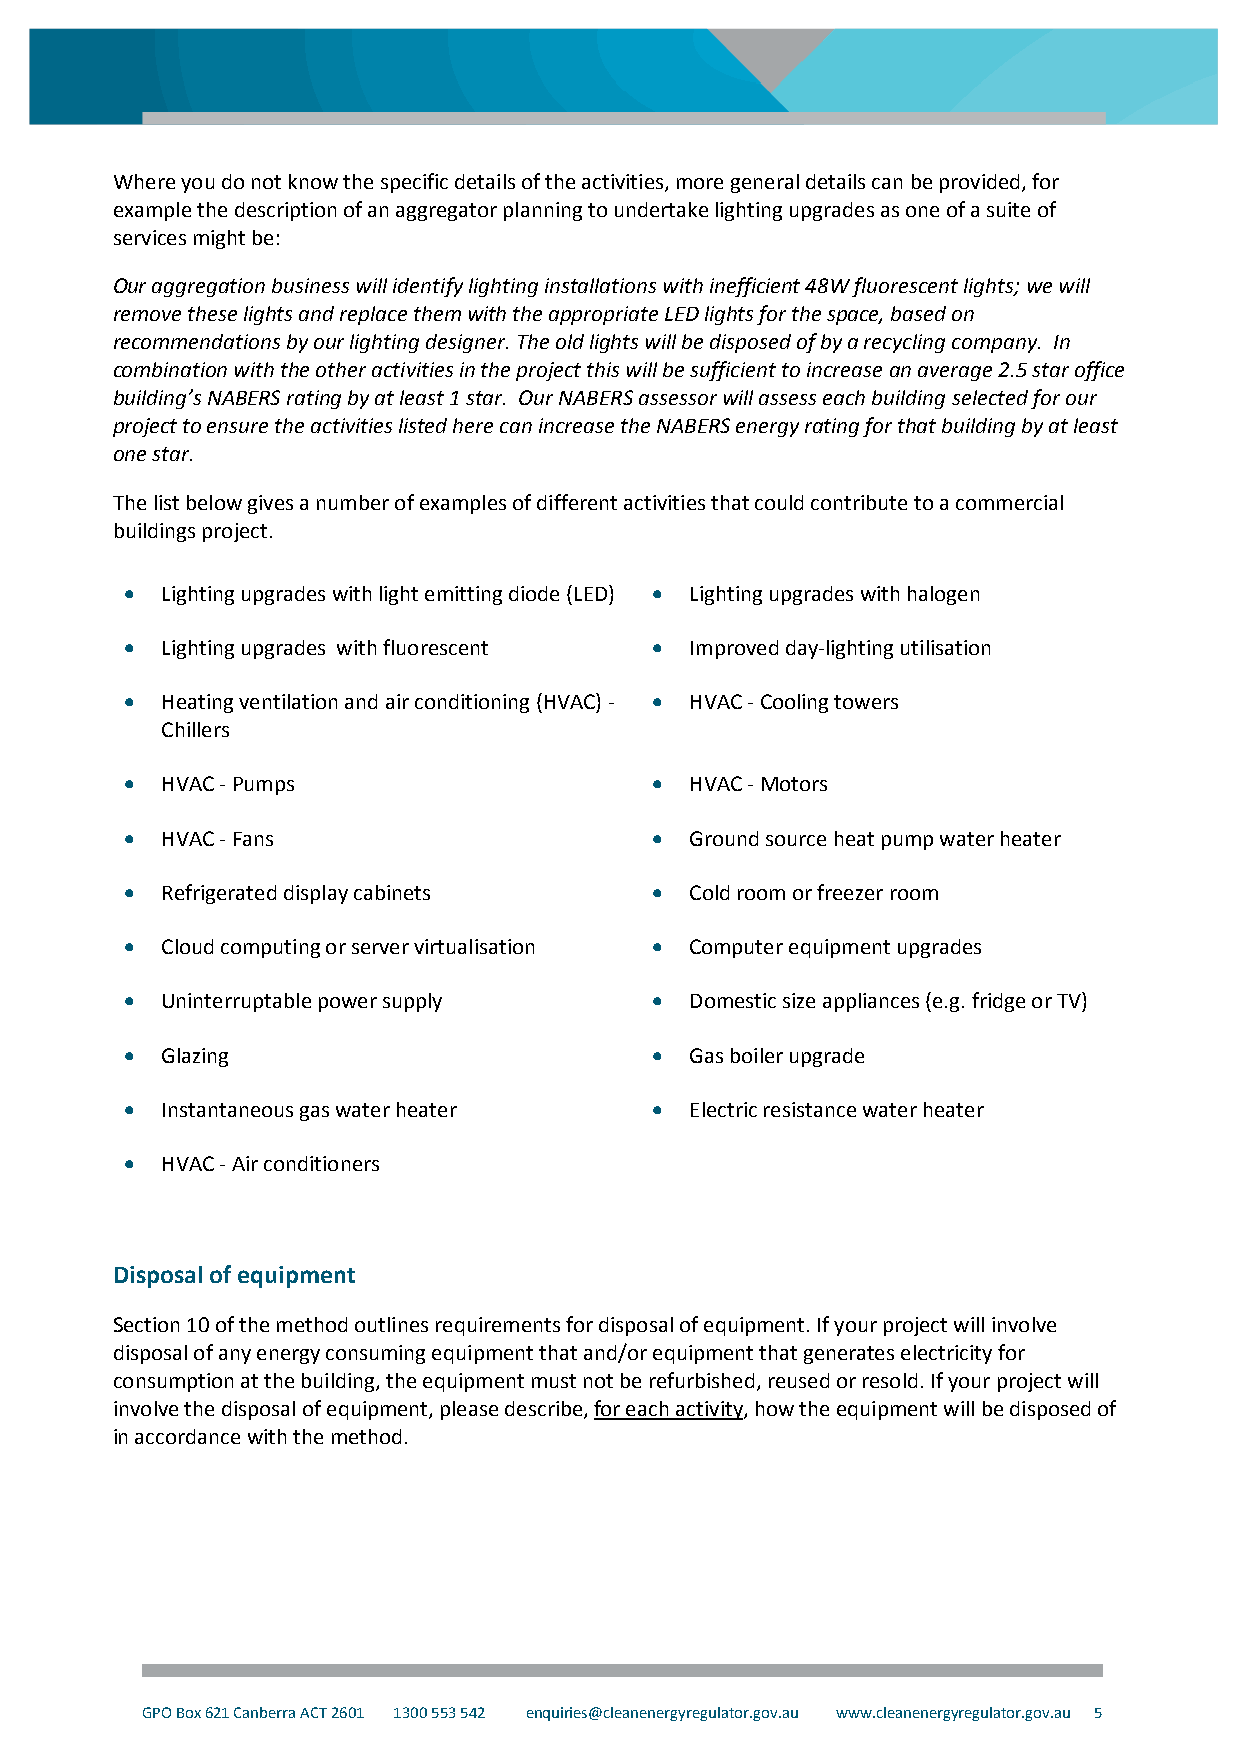
Where you do not know the specific details of the activities, more general details can be provided, for
 example the description of an aggregator planning to undertake lighting upgrades as one of a suite of
 services might be:
 Our aggregation business will identify lighting installations with inefficient 48W fluorescent lights; we will
 remove these lights and replace them with the appropriate LED lights for the space, based on
 recommendations by our lighting designer. The old lights will be disposed of by a recycling company. In
 combination with the other activities in the project this will be sufficient to increase an average 2.5 star office
 building’s NABERS rating by at least 1 star. Our NABERS assessor will assess each building selected for our
 project to ensure the activities listed here can increase the NABERS energy rating for that building by at least
 one star.
 The list below gives a number of examples of different activities that could contribute to a commercial
 buildings project.
   Lighting upgrades with light emitting diode (LED)  Lighting upgrades with halogen
   Lighting upgrades with fluorescent  Improved day-lighting utilisation
   Heating ventilation and air conditioning (HVAC) -  HVAC - Cooling towers
 Chillers
   HVAC - Pumps                      HVAC - Motors
   HVAC - Fans                       Ground source heat pump water heater
   Refrigerated display cabinets     Cold room or freezer room
   Cloud computing or server virtualisation  Computer equipment upgrades
   Uninterruptable power supply      Domestic size appliances (e.g. fridge or TV)
   Glazing                           Gas boiler upgrade
   Instantaneous gas water heater    Electric resistance water heater
   HVAC - Air conditioners
 Disposal of equipment
 Section 10 of the method outlines requirements for disposal of equipment. If your project will involve
 disposal of any energy consuming equipment that and/or equipment that generates electricity for
 consumption at the building, the equipment must not be refurbished, reused or resold. If your project will
 involve the disposal of equipment, please describe, for each activity, how the equipment will be disposed of
 in accordance with the method.
 GPO Box 621 Canberra ACT 2601 1300 553 542 enquiries@cleanenergyregulator.gov.au www.cleanenergyregulator.gov.au 5